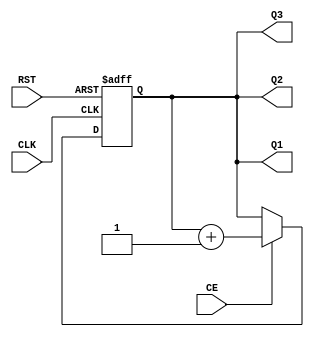
`timescale 1ns / 1ps
//////////////////////////////////////////////////////////////////////////////////
// Company: 
// Engineer: 
// 
// Design Name: 
// Module Name:    cbnce3q
// Project Name: 
// Target Devices: 
// Tool versions: 
// Description: 
//
// Dependencies: 
//
// Revision: 
// Revision 0.01 - File Created
// Additional Comments: 
//
//////////////////////////////////////////////////////////////////////////////////
module cbnce3q #(
	parameter Width = 4,
	parameter TMR = 0
)(
	input CLK,
	input RST,
	input CE,
	output [Width-1:0] Q1,
	output [Width-1:0] Q2,
	output [Width-1:0] Q3
);


generate
if(TMR==1) 
begin : cbnce_tmr

	(* syn_preserve = "true" *) reg [Width-1:0] cnt_1;
	(* syn_preserve = "true" *) reg [Width-1:0] cnt_2;
	(* syn_preserve = "true" *) reg [Width-1:0] cnt_3;

	(* syn_keep = "true" *) wire [Width-1:0] voted_cnt_1;

	  vote #(.Width(Width)) vote_cnt_1 (.A(cnt_1), .B(cnt_2), .C(cnt_3), .V(voted_cnt_1));

	assign Q1  =  cnt_1;
	assign Q2  =  cnt_2;
	assign Q3  =  cnt_3;

	always @(posedge CLK or posedge RST) begin
		if (RST) begin
			cnt_1 <= 0;
			cnt_2 <= 0;
			cnt_3 <= 0;
		end
		else
			if(CE) begin
				cnt_1 <= voted_cnt_1 + 1;
				cnt_2 <= voted_cnt_1 + 1;
				cnt_3 <= voted_cnt_1 + 1;
			end
			else begin
				cnt_1 <= voted_cnt_1;
				cnt_2 <= voted_cnt_1;
				cnt_3 <= voted_cnt_1;
			end
	end
end
else
begin : cbnce_notmr

	reg [Width-1:0] cnt;

	assign Q1  =  cnt;
	assign Q2  =  cnt;
	assign Q3  =  cnt;

	always @(posedge CLK or posedge RST) begin
		if (RST)
			cnt <= 0;
		else
			if(CE)
				cnt <= cnt + 1;
	end
end
endgenerate

endmodule